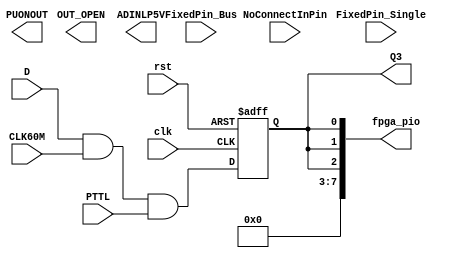
module add_ff2(clk,rst,D,Q3,OUT_OPEN,FixedPin_Single,FixedPin_Bus,NoConnectInPin,CLK60M,PUONOUT,ADINLP5V,fpga_pio,PTTL);
   input clk;
   input rst;
   input D;
   output Q3;
   output OUT_OPEN;
   input  FixedPin_Single;
   input [2:0] FixedPin_Bus;
   input 	   NoConnectInPin;
   input 	   CLK60M;
   output      PUONOUT;
   output      ADINLP5V;
   output [7:0] fpga_pio;
   input 		PTTL;
		
 	   
   assign fpga_pio = {Q3,Q3,Q3};
   
   reg 	  Q3;
   
   always @(posedge clk or posedge rst) begin
	  if (rst) Q3 <= 1'b0;
	  else Q3 <= D & CLK60M & PTTL;	  
   end
   
endmodule // add_ff